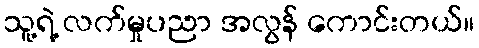
သူ့ရဲ့ လက်မှုပညာ အလွန် ကောင်းတယ်။